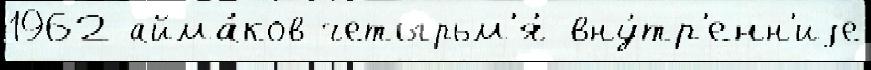
1962 айма́ков четырьм'я́ вну́тр'енн'иjе